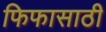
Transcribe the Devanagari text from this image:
फिफासाठी